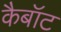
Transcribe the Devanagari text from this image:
कैबॉट